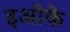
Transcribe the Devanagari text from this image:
इओके